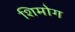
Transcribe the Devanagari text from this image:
शिमोग